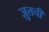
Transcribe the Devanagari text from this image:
ज़ुतची